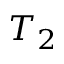
T _ { 2 }